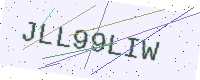
Text: JLL99LIW